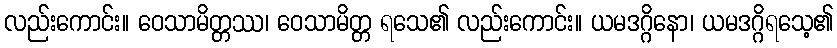
လည်းကောင်း။ ဝေသာမိတ္တဿ၊ ဝေသာမိတ္တ ရသေ၏ လည်းကောင်း။ ယမဒဂ္ဂိနော၊ ယမဒဂ္ဂိရသေ့၏